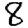
Digit: 8